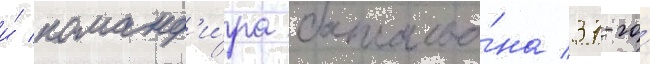
и́ команд'и́ра батальо́на 37-го́